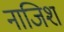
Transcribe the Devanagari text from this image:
नाजिश